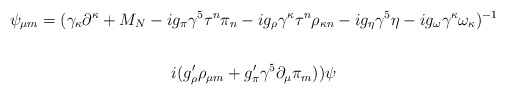
\begin{align*}\psi_{\mu m}=( \gamma_\kappa \partial^\kappa + M_{N}-i g_{\pi} \gamma^{5}\tau^n \pi_{ n}-i g_{\rho} \gamma^{\kappa}\tau^n \rho_{\kappa n}-i g_{\eta} \gamma^{5} \eta-i g_{\omega} \gamma^{\kappa}\omega_{\kappa})^{-1} \end{align*}\begin{align*} i(g_{\rho}'\rho_{\mu m}+ g_{\pi}' \gamma^5 \partial_\mu \pi_{m}))\psi\end{align*}